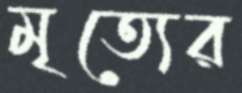
মৃত্যের